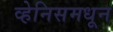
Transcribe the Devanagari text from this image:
व्हेनिसमधून